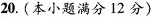
20.(本小题满分12分)